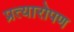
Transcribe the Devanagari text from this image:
प्रत्‍यारोपण